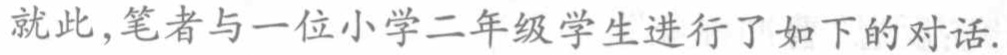
就此，笔者与一位小学二年级学生进行了如下的对话.